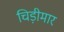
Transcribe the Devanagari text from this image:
चिड़ीमार